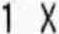
1 X